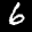
Label: 6